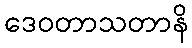
ဒေဝတာသတာနိ